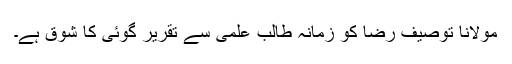
مولانا توصیف رضا کو زمانہ طالب علمی سے تقریر گوئی کا شوق ہے۔